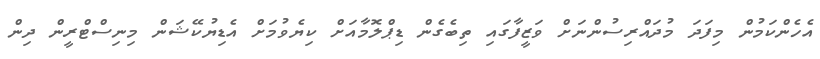
އެހެންކަމުން މިފަދަ މުދައްރިސުންނަށް ވަޒީފާގައި ތިބެގެން ޑިޕްލޮމާއަށް ކިޔެވުމަށް އެޑިޔުކޭޝަން މިނިސްޓްރީން ދިން